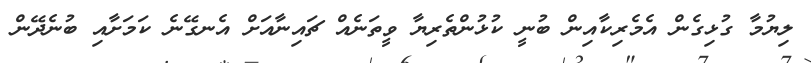
ލިޔުމާ ގުޅިގެން އެމެރިކާއިން ބުނީ ކުޅުންތެރިޔާ ވީތަނެއް ޗައިނާއަށް އެނގޭނެ ކަމަށާއި ބުނެދޭން